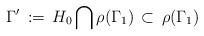
LaTeX: \begin{align*}\Gamma'\,:=\, H_{0}\bigcap\rho(\Gamma_{1})\,\subset\,\rho(\Gamma_{1})\end{align*}